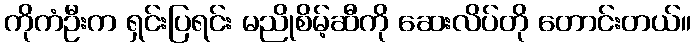
ကိုကံဦးက ရှင်းပြရင်း မညိုစိမ့်ဆီကို ဆေးလိပ်တို တောင်းတယ်။